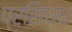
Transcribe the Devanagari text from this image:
प्रसिध्‍ध